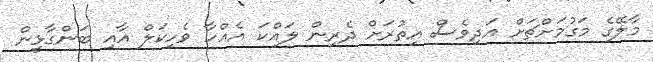
މާލޭގެ މަގުމަށްޗަށް އަދިވެސް އިތުރަށް ދެރިން ލައްކަ އެއްހާ ވެހިކަލް އާއި ބަންގާޅީން